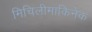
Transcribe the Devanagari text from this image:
मिचिलीमाकिनेक